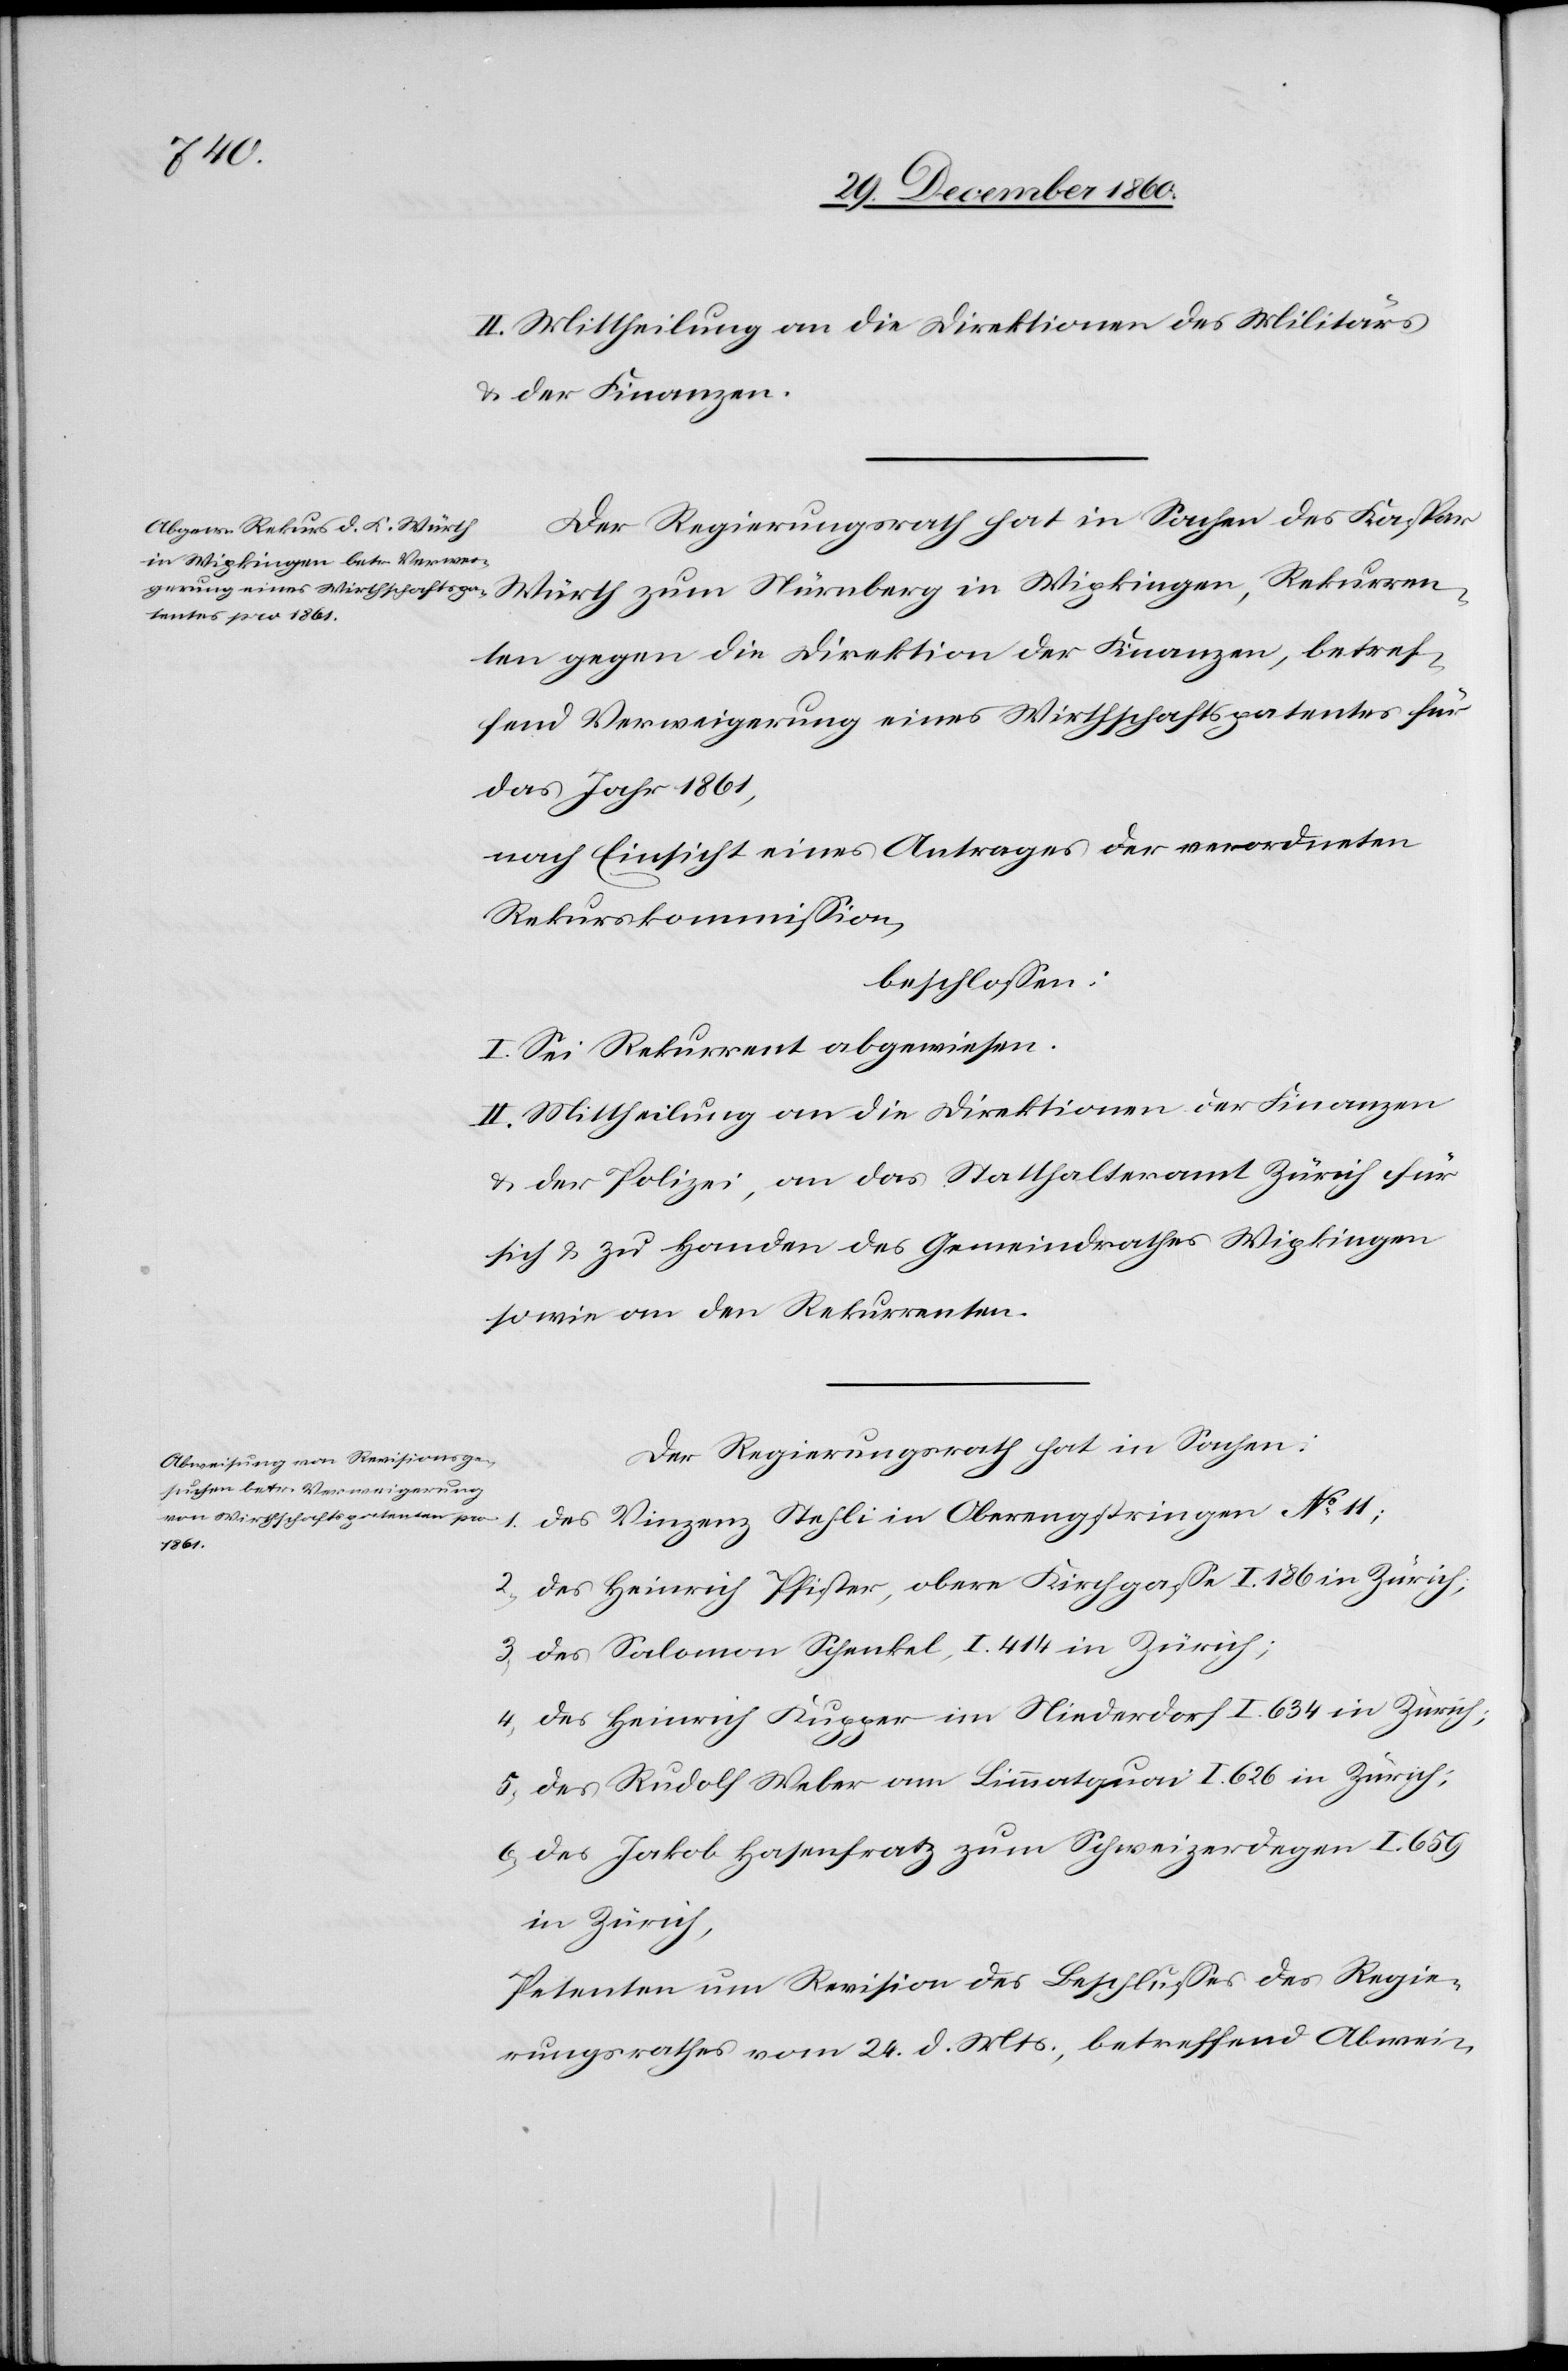
II. Mittheilung an die Direktionen des Militärs
u. der Finanzen.
Der Regierungsrath hat in Sachen des Kaspar
Würth zum Nürnberg in Wipkingen, Rekurren¬
ten gegen die Direktion der Finanzen, betref¬
fend Verweigerung eines Wirtschaftspatentes für
das Jahr 1861,
nach Einsicht eines Antrages der verordneten
Rekurskommission,
beschlossen:
I. Sei Rekurrent abgewiesen.
II. Mittheilung an die Direktionen der Finanzen
u. der Polizei, an das Statthalteramt Zürich für
sich u. zu Handen des Gemeindrathes Wipkingen
sowie an den Rekurrenten.
Der Regierungsrath hat in Sachen:
des Vinzenz Stehli in Oberengstringen No 11;
2) des Heinrich Pfister, obere Kirchgasse I 186 in Zürich;
3) des Salomon Schenkel, I. 414 in Zürich;
4) des Heinrich Kupper im Niederdorf Il 634 in Zürich;
5) des Rudolf Weber am Limmatquai I 626 in Zürich;
6) des Jakob Hasenfratz zum Schweizerdegen I 659
in Zürich,
Petenten um Revision des Beschlusses des Regie¬
rungsrathes vom 24. d. Mts., betreffend Abwei-